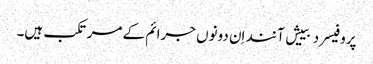
پروفیسر دبییش آنند اِن دونوں جرائم کے مرتکب ہیں۔